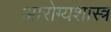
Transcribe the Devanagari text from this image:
आरोग्यशास्त्र